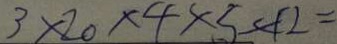
3 \times 2 0 \times 4 \times 5 \times 1 2 =